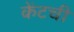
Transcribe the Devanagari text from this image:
केंटची